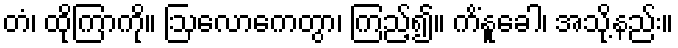
တံ၊ ထိုကြာကို။ ဩလောကေတွာ၊ ကြည့်၍။ ကိံနူခေါ၊ အသို့နည်း။